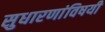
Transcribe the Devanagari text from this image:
सुधारणांविषयी